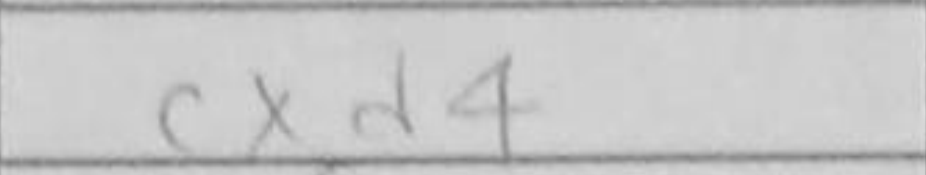
Transcription: cxd4